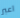
اعبر